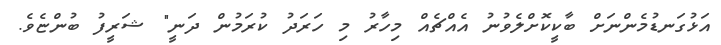
އަޅުގަނޑުމެންނަށް ބާކީކޮށްލެވުނު އެއްޗެއް މިހާރު މި ހަރަދު ކުރަމުން ދަނީ" ޝަރީފު ބުންޏެވެ.